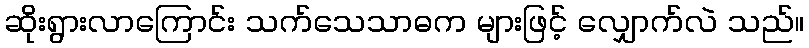
ဆိုးရွားလာကြောင်း သက်သေသာဓက များဖြင့် လျှောက်လဲ သည်။